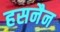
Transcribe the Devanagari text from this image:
हसनैन